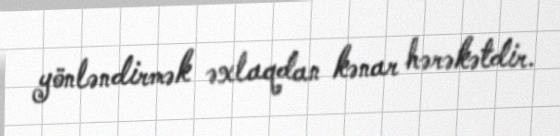
yönləndirmək əxlaqdan kənar hərəkətdir.